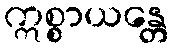
ဣစ္စာယန္တေ